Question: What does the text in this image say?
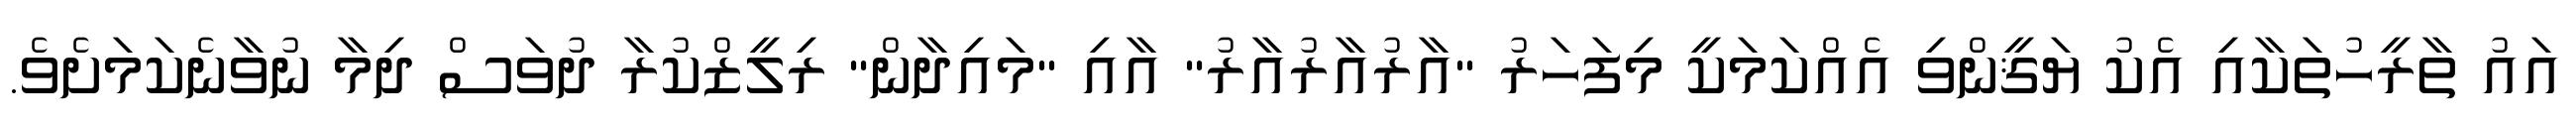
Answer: އައު ތާރީހުތަކާއި އެކު ޔަޤީންވި އެއްކަމަކީ މިފަހަރު "އާރުއާރުއާރު" އާއި "މައިދާން" ރިލީޒްކުރާ ދުވަސް ދިމާ ނުވާނެކަމަށެވެ.